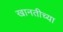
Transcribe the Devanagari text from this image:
खानतीच्या